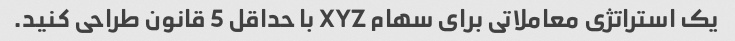
یک استراتژی معاملاتی برای سهام XYZ با حداقل 5 قانون طراحی کنید.